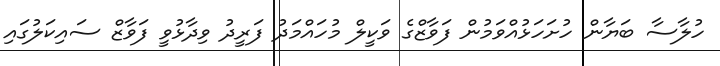
ހުލާސާ ބަޔާން ހުށަހަޅުއްވަމުން ފަވާޒްގެ ވަކީލް މުހައްމަދު ފަރީދު ވިދާޅުވީ ފަވާޒް ސައިކަލުގައި